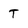
Character: T